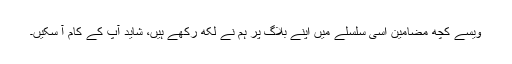
ویسے کچھ مضامین اسی سلسلے میں اپنے بلاگ پر ہم نے لکھ رکھے ہیں، شاید آپ کے کام آ سکیں۔